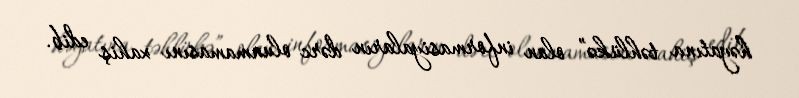
həyatına təhlükə” olan informasiyaların dərc olunmamasını xahiş edib.